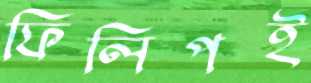
ফিলিপই